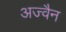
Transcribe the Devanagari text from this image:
अज्वैन